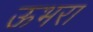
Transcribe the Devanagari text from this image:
ऊभरा